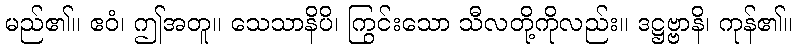
မည်၏။ ဧဝံ၊ ဤအတူ။ သေသာနိပိ၊ ကြွင်းသော သီလတို့ကိုလည်း။ ဒဋ္ဌဗ္ဗာနိ၊ ကုန်၏။